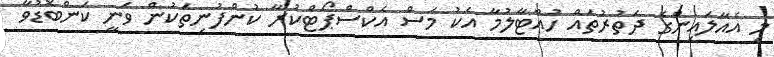
މި އެއާލައިންގެ ދަތުރުތައް ހުއްޓާލުމާ އެކު މަސް އެކްސްޕޯޓްކުރާ ކުންފުނިތަކުން ވަނީ ކަންބޮޑުވާ